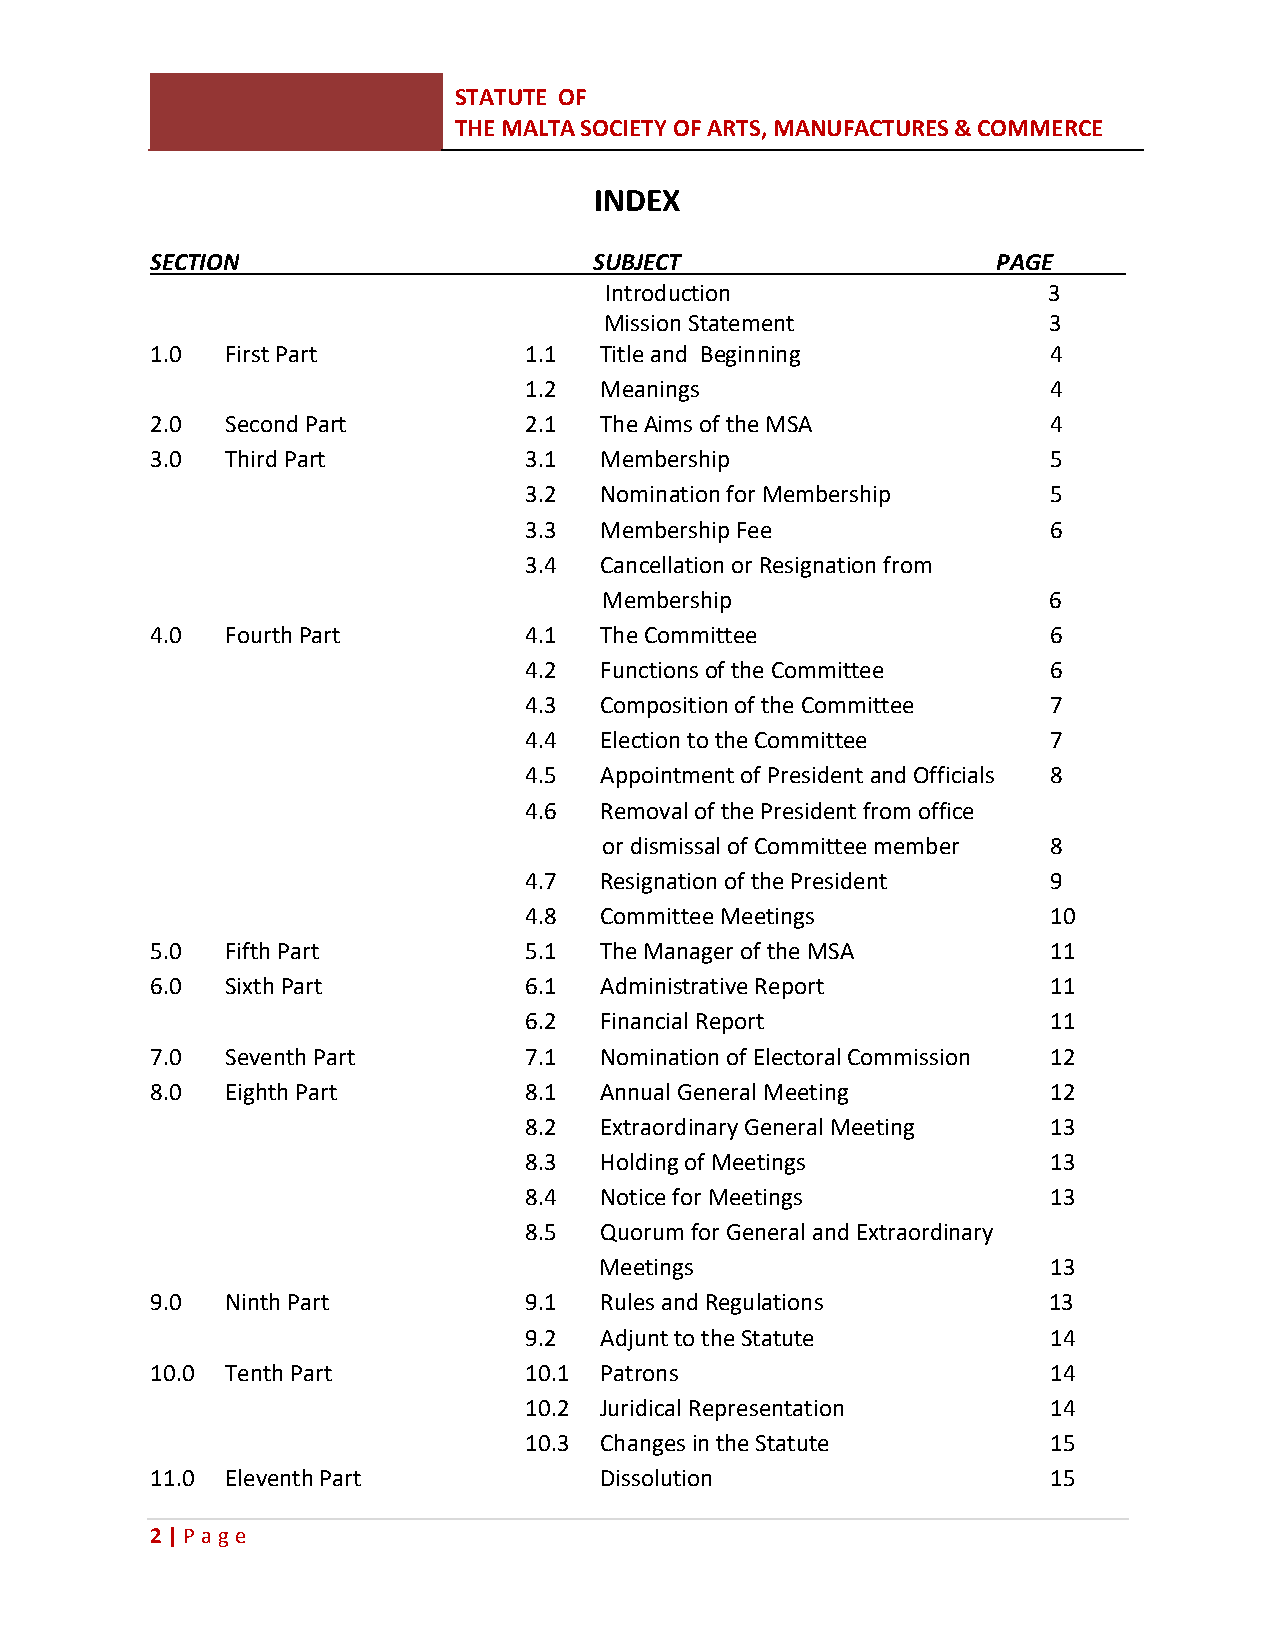
STATUTE OF
 THE MALTA SOCIETY OF ARTS, MANUFACTURES & COMMERCE
 INDEX
 SECTION                      SUBJECT                    PAGE
 Introduction                 3
 Mission Statement            3
 1.0  First Part          1.1  Title and Beginning           4
 1.2  Meanings                      4
 2.0  Second Part         2.1  The Aims of the MSA           4
 3.0  Third Part          3.1  Membership                    5
 3.2  Nomination for Membership     5
 3.3  Membership Fee                6
 3.4  Cancellation or Resignation from
 Membership                   6
 4.0  Fourth Part         4.1  The Committee                 6
 4.2  Functions of the Committee    6
 4.3  Composition of the Committee  7
 4.4  Election to the Committee     7
 4.5  Appointment of President and Officials 8
 4.6  Removal of the President from office
 or dismissal of Committee member 8
 4.7  Resignation of the President  9
 4.8  Committee Meetings            10
 5.0  Fifth Part          5.1  The Manager of the MSA        11
 6.0  Sixth Part          6.1  Administrative Report         11
 6.2  Financial Report              11
 7.0  Seventh Part        7.1  Nomination of Electoral Commission 12
 8.0  Eighth Part         8.1  Annual General Meeting        12
 8.2  Extraordinary General Meeting 13
 8.3  Holding of Meetings           13
 8.4  Notice for Meetings           13
 8.5  Quorum for General and Extraordinary
 Meetings                      13
 9.0  Ninth Part          9.1  Rules and Regulations        13
 9.2  Adjunt to the Statute         14
 10.0 Tenth Part          10.1 Patrons                       14
 10.2 Juridical Representation      14
 10.3 Changes in the Statute        15
 11.0 Eleventh Part            Dissolution                   15
 2 | P age